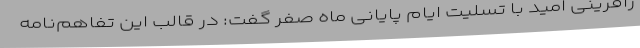
رآفرینی امید با تسلیت ایام پایانی ماه صفر گفت: در قالب این تفاهم‌نامه